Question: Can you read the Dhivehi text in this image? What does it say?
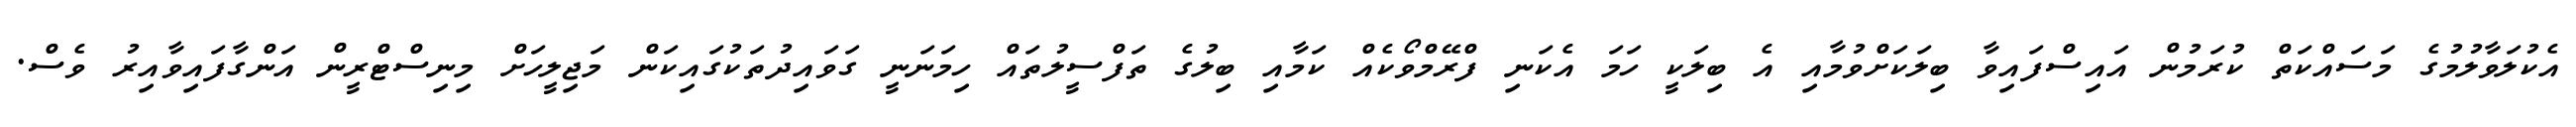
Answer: އެކުލަވާލުމުގެ މަސައްކަތް ކުރަމުން އައިސްފައިވާ ބިލަކަށްވުމާއި އެ ބިލަކީ ހަމަ އެކަނި ފްރޭމްވޯކެއް ކަމާއި ބިލުގެ ތަފްސީލުތައް ހިމަނަނީ ގަވައިދުތަކުގައިކަން މަޖިލީހަށް މިނިސްޓްރީން އަންގާފައިވާއިރު ވެސް.